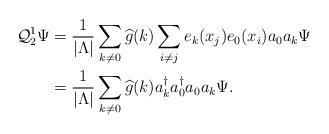
LaTeX: \begin{align*}\mathcal{Q}_2^{1}\Psi&=\frac{1}{\vert \Lambda\vert}\sum_{k\neq 0}\widehat{g}(k)\sum_{i\neq j}e_{k}(x_{j})e_{0}(x_{i})a_{0}a_{k}\Psi\\&=\frac{1}{\vert \Lambda\vert}\sum_{k\neq 0}\widehat{g}(k)a_{k}^{\dagger}a_{0}^{\dagger}a_{0}a_{k}\Psi.\end{align*}